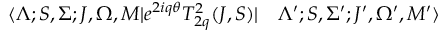
\begin{array} { r l } { \langle \Lambda ; S , \Sigma ; J , \Omega , M | e ^ { 2 i q \theta } T _ { 2 q } ^ { 2 } ( J , S ) | } & { { } \Lambda ^ { \prime } ; S , \Sigma ^ { \prime } ; J ^ { \prime } , \Omega ^ { \prime } , M ^ { \prime } \rangle } \end{array}